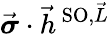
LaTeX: \vec{\boldsymbol{\sigma}}\cdot\vec{h}^{\, \textrm{SO},\vec{L}}